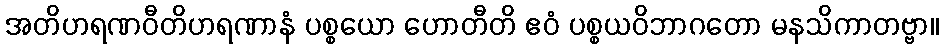
အတိဟရဏဝီတိဟရဏာနံ ပစ္စယော ဟောတီတိ ဧဝံ ပစ္စယဝိဘာဂတော မနသိကာတဗ္ဗာ။